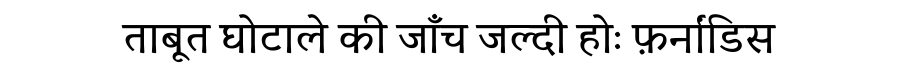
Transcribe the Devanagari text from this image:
ताबूत घोटाले की जाँच जल्दी होः फ़र्नांडिस